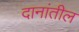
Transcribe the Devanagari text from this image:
दानांतील